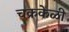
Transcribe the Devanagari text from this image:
चक्रकेळी